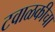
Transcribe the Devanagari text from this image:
टवाळकीचा